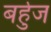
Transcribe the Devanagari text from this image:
बर्हुज